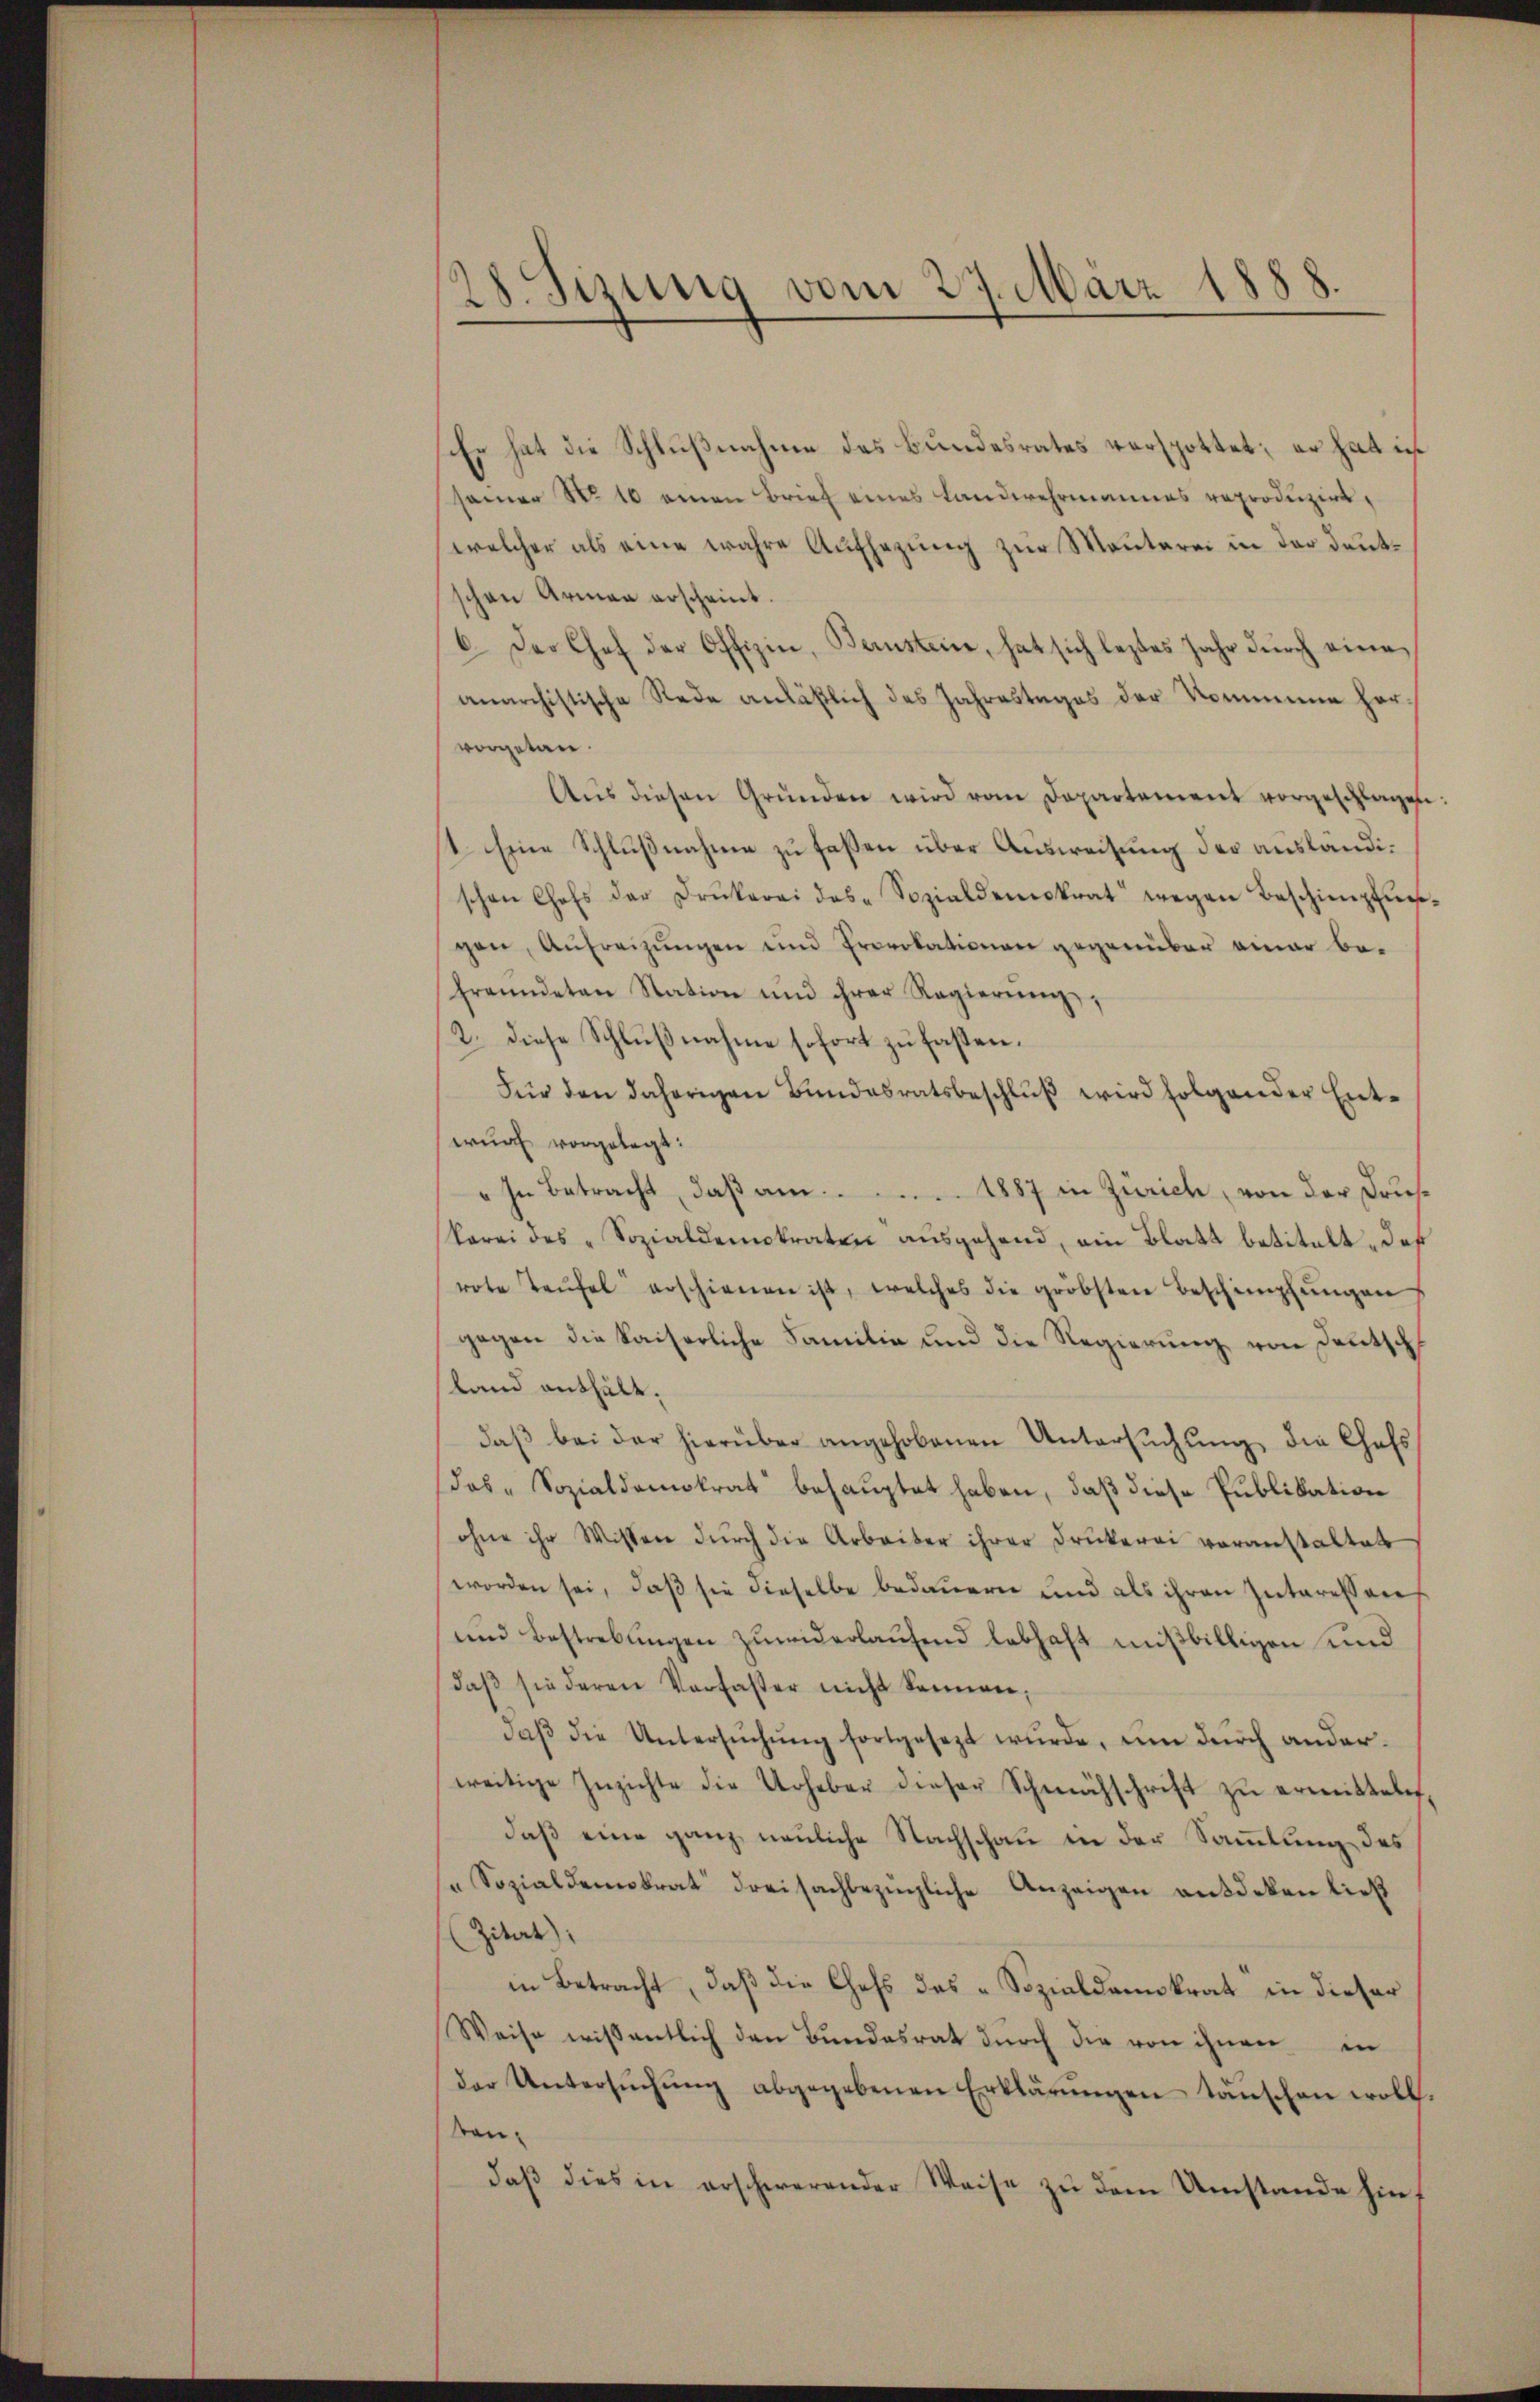
28. Sizung vom 27. März 1888.

Er hat die Schlußnahme des Bundesrates verspottet; er hat ich
samer No 10 einen Brief eines Landwehrmannes reproduzirt,
welcher als eine wahre Aufsezung zur Montarei in der deutschen Armen erscheint.
6. Der Chef der Offizin, Bernstein, hat sich leztes Jahr dŭrch eine
anarchistische Rede anläßlich des Jahrestages der Kommene hervorgetan.
Aŭs diesen Gründen wird vom Departement vorgeschlagen.
14. Eine Schlußnahme zu faßen über Ausweisung der ausländischen Chofs der Drukerei des Sozialdemokrat wegen Beschimpfnes-
gen, Aufreizŭngen und Provokationen gegenüber einer be-
freundeten Station und ihrer Regierŭng,
2. diese Schlußnahme sofort zu fassen.
Für den daherigen Bundesratsbeschluß wird folgender Entwurf vorgelegt:
" In Betracht, daß am
1887 in Zürich, von der Druskorei des Sozialdemokraten ausgehend, ein Blatt betitelt, daß
rote Teufel erschienen ist, welches die gröbsten Beschimpfŭngen
gegen die kaiserliche Familie und die Regierung von Deutsch
land enthält.
daβ bei der hierüber angehobenen Untersŭchŭng die Chefs
dos-Sozialdemokrat behauptet haben, daß diese Publikation
ohne ihr Wissen dŭrch die Arbeiter ihrer Drukerei voranstaltet
worden sei, daß sie dieselbe bedauern und als ihren Interessens
und Bestrebungen zŭwiderlaŭfend lebhaft mißbilligen und
daβ sie deren Verfasser nicht kennen,
daβ die Untersŭchŭng fortgesezt wŭrde, um dŭrch ander.
weitige Inzichte die Urheber dieser Schwuchschrift zu ermitteln.
daß eine ganz neuliche Nachschau in der Sammlung des
Sozialdemokrat dreisachbezügliche Anzeigen entdeken ließ
(Zitat.
in Betracht, daß die Chefs des „Sozialdemokrat in dieser
Weise wissentlich den Bundesrat durch die von ihnen in
Der Untersŭchŭng abgegebenen Erklärŭngen täuschen woll.
kondaβ dies in erschwerender Weise zŭ dem Umstande hin,